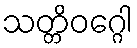
သတ္တိဝဂ္ဂေါ